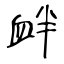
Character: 衅